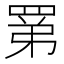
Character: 罤